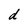
Character: d